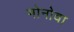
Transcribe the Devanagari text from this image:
मोनोवा